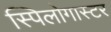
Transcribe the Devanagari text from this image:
स्पिलोगास्टर